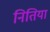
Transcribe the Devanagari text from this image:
नितिया